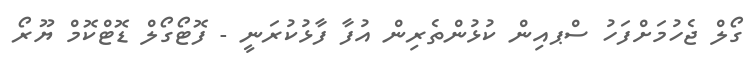
ގޯލް ޖެހުމަށްފަހު ސްޕއިން ކުޅުންތެރިން އުފާ ފާޅުކުރަނީ - ފޮޓޯގޯލް ޑޮޓްކޮމް ޔޫރޯ